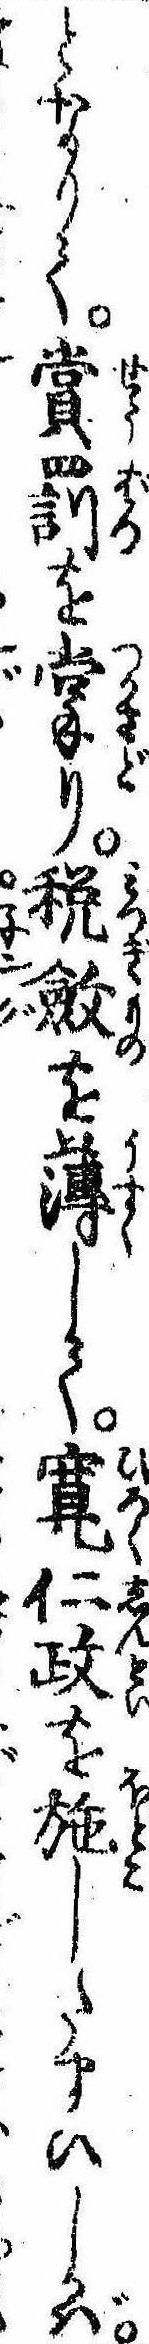
となりて賞罰を掌り税斂を薄して寛仁政を施したまひしかば